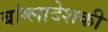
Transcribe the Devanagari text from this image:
बांग्लादेशकी